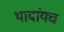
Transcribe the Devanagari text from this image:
थाबांयच